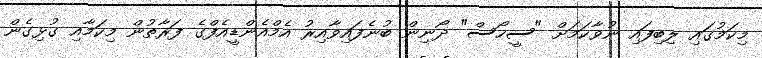
މިކަމުގައި ލިބިފައި ނުވާކަމަށް "ސީހޯސް" ދޯނިން ބުނެފައިވާއިރު އެމްއެންޑީއެފްގެ ފަރާތުން މިކަމާއި ގުޅިގެން